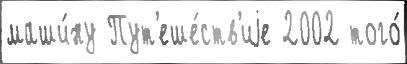
маши́ну Пут'еше́ств'иjе 2002 того́